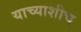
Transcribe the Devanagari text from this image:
याच्याशीच